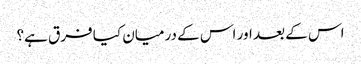
اس کے بعد اور اس کے درمیان کیا فرق ہے؟